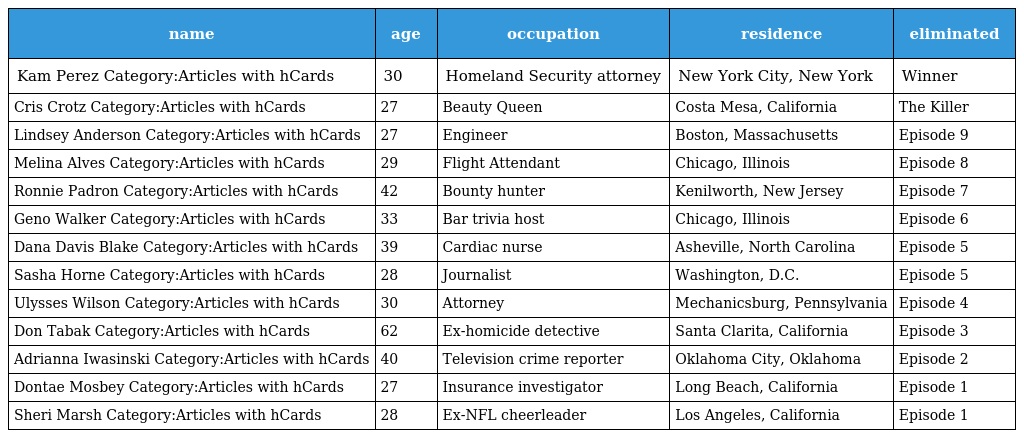
| name | age | occupation | residence | eliminated |
 | --- | --- | --- | --- | --- |
 | Kam Perez Category:Articles with hCards | 30 | Homeland Security attorney | New York City, New York | Winner |
 | Cris Crotz Category:Articles with hCards | 27 | Beauty Queen | Costa Mesa, California | The Killer |
 | Lindsey Anderson Category:Articles with hCards | 27 | Engineer | Boston, Massachusetts | Episode 9 |
 | Melina Alves Category:Articles with hCards | 29 | Flight Attendant | Chicago, Illinois | Episode 8 |
 | Ronnie Padron Category:Articles with hCards | 42 | Bounty hunter | Kenilworth, New Jersey | Episode 7 |
 | Geno Walker Category:Articles with hCards | 33 | Bar trivia host | Chicago, Illinois | Episode 6 |
 | Dana Davis Blake Category:Articles with hCards | 39 | Cardiac nurse | Asheville, North Carolina | Episode 5 |
 | Sasha Horne Category:Articles with hCards | 28 | Journalist | Washington, D.C. | Episode 5 |
 | Ulysses Wilson Category:Articles with hCards | 30 | Attorney | Mechanicsburg, Pennsylvania | Episode 4 |
 | Don Tabak Category:Articles with hCards | 62 | Ex-homicide detective | Santa Clarita, California | Episode 3 |
 | Adrianna Iwasinski Category:Articles with hCards | 40 | Television crime reporter | Oklahoma City, Oklahoma | Episode 2 |
 | Dontae Mosbey Category:Articles with hCards | 27 | Insurance investigator | Long Beach, California | Episode 1 |
 | Sheri Marsh Category:Articles with hCards | 28 | Ex-NFL cheerleader | Los Angeles, California | Episode 1 |